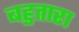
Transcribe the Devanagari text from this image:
बहुतारा